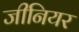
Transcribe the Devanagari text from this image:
जीनियर